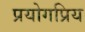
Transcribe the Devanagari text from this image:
प्रयोगप्रिय